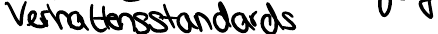
Verhaltensstandards